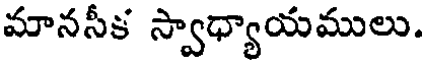
మానసీక స్వాధ్యాయములు.